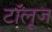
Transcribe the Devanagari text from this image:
टॉलूज